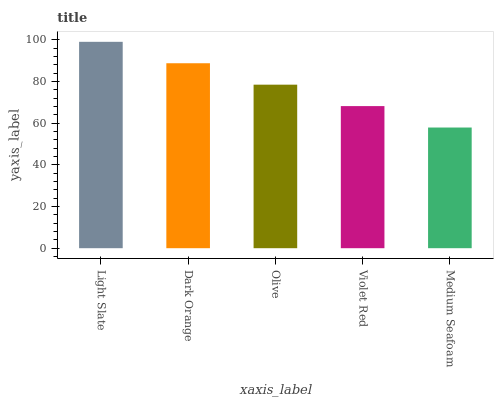
| xaxis_label | bars |
 | --- | --- |
 | Light Slate | 99 |
 | Dark Orange | 88.7 |
 | Olive | 78.4 |
 | Violet Red | 68.2 |
 | Medium Seafoam | 57.9 |